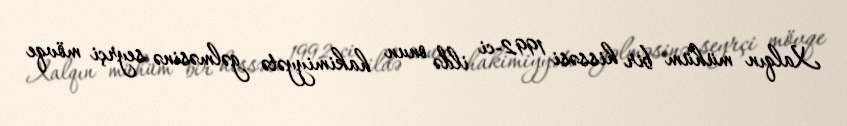
Xalqın mühüm bir hissəsi 1992-ci ildə onun hakimiyyətə gəlməsinə seyrçi mövqe